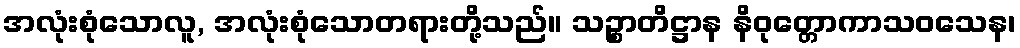
အလုံးစုံသောလူ, အလုံးစုံသောတရားတို့သည်။ သဉ္စာတိဋ္ဌာန နိဝုတ္တောကာသဝသေန၊